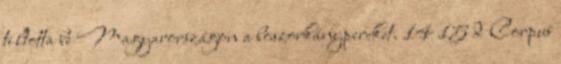
tiltotta be Magyarországon a boszorkánypereket. 14 15 d Corpus